Medical and sanitary report on the native army of Bombay for the year
Year: 1879
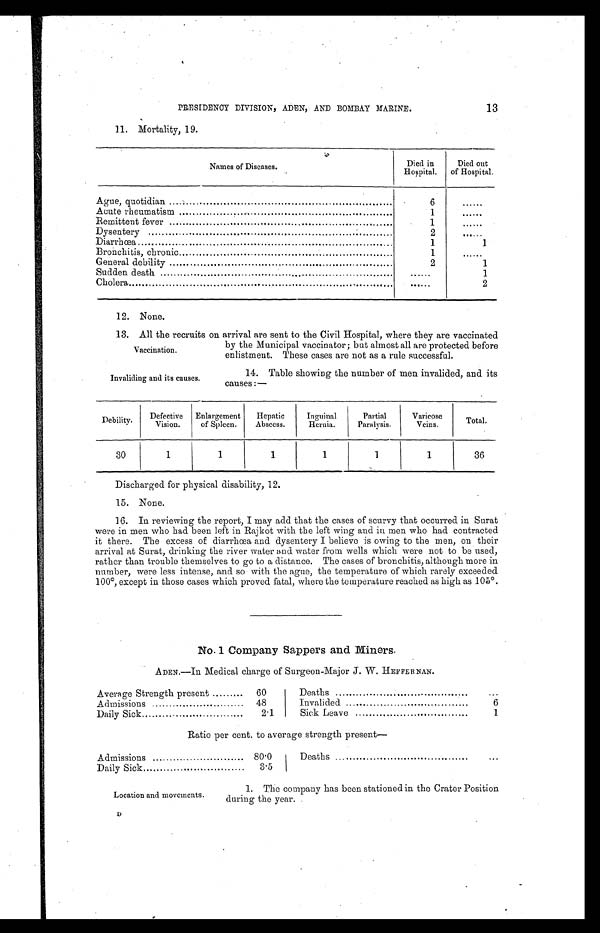
Vaccination.
Invaliding and its causes.
13
PRESIDENCY DIVISION, ADEN, AND BOMBAY MARINE.
11. Mortality, 19.
Names of Diseases.
Died in
Hospital.
Died out
of Hospital.
Ague, quotidian
6
. . . . . .
Acute rheumatism
1
. . . . . .
Remittent fever
1
. . . . . .
Dysentery
2
. . . . . .
Diarrhœa
1
1
Bronchitis, chronic
1
......
General debility
2
1
Sudden death
. . . . . .
1
Cholera
. . . . . .
2
12. None.
13. All the recruits on arrival are sent to the Civil Hospital, where they are vaccinated
by the Municipal vaccinator ; but almost all are protected before
enlistment. These cases are not as a rule successful.
14. Table showing the number of men invalided, and its
causes :—
Debility.
D e f e c t i v e
Vision.
Enlargement
of Spleen.
Hepatic
Abscess.
Inguinal
Hernia.
Partial
Paralysis.
Varicose
Veins.
Total.
30
1
1
1
1
1
1
36
Discharged for physical disability, 12.
15. None.
16. In reviewing the report, I may add that the cases of scurvy that occurred in Surat
were in men who had been left in Rajkot with the left wing and in men who had contracted
it there. The excess of diarrhœa and dysentery I believe is owing to the men, on their
arrival at Surat, drinking the river water and water from wells which were not to be used,
rather than trouble themselves to go to a distance. The cases of bronchitis, although more in
number, were less intense, and so with the ague, the temperature of which rarely exceeded
100°, except in those cases which proved fatal, where the temperature reached as high as 105°.
No.1 Company Sappers and Miners.
A DEN.—In Medical charge of Surgeon-Major J. W. HEFFERNAN.
Average Strength present
60
Admissions
48
Daily Sick
2.1
Deaths
...
Invalided
6
Sick Leave
1
Ratio per cent. to average strength present—
Admissions
80.0
Daily Sick
3.5
Deaths
. . .
Location and movements.
1. The company has been stationed in the Crater Position
during the year.